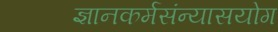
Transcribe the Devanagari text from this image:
ज्ञानकर्मसंन्यासयोग